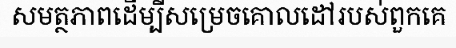
សមត្ថភាពដើម្បីសម្រេចគោលដៅរបស់ពួកគេ